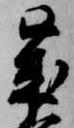
歳